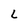
Character: L